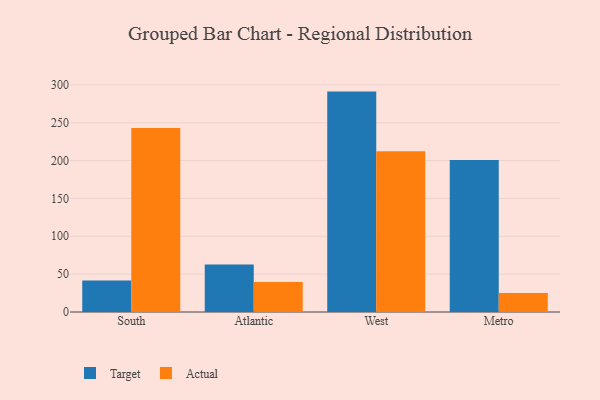
{"axis": {"x": "Region", "y": "Bounce Rate (%)"}, "legend": ["Actual", "Target"], "data": [{"x": "South", "y": 41.7, "type": "Target"}, {"x": "South", "y": 243.0, "type": "Actual"}, {"x": "Atlantic", "y": 62.7, "type": "Target"}, {"x": "Atlantic", "y": 39.5, "type": "Actual"}, {"x": "West", "y": 291.1, "type": "Target"}, {"x": "West", "y": 212.3, "type": "Actual"}, {"x": "Metro", "y": 200.8, "type": "Target"}, {"x": "Metro", "y": 25.2, "type": "Actual"}]}